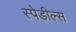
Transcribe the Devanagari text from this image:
स्पेडील्स